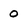
Character: 0